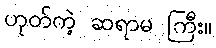
ဟုတ်ကဲ့ ဆရာမ ကြီး။